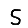
Digit: 5